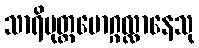
သာရိပုတ္တမောဂ္ဂလ္လာနေသု